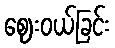
ဈေးဝယ်ခြင်း